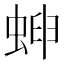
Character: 𧌫